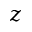
z